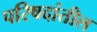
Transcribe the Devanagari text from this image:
परिषदांतील